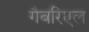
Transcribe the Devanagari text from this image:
गैबरिएल